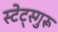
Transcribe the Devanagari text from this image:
स्टेट्स्गुरू